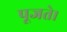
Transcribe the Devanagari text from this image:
पूजते।